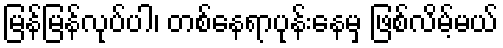
မြန်မြန်လုပ်ပါ၊ တစ်နေရာပုန်းနေမှ ဖြစ်လိမ့်မယ်